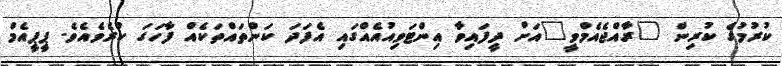
ކުރުމުގެ ކުރިން "ރާއްޖެއެމްވީ"އަށް ދީފައިވާ އިންޓަވިއުއެއްގައި އެފަދަ ކަންތައްތަކެއް ފާހަގަ ކުރެވެއެވެ. ޕީޕީއެމް